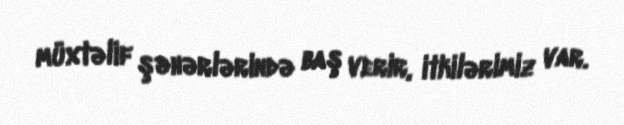
müxtəlif şəhərlərində baş verir, itkilərimiz var.